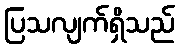
ပြသလျက်ရှိသည်